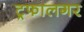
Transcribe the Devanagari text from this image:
ट्रफालगर